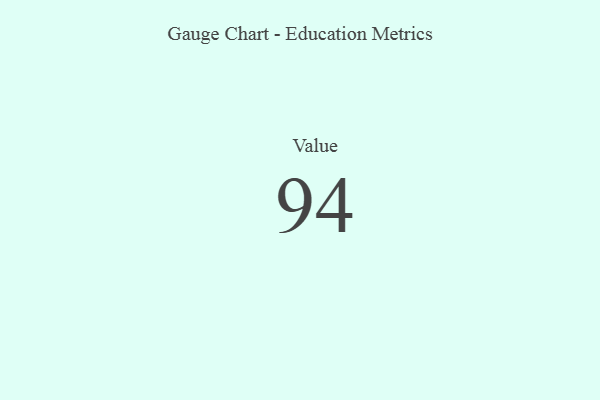
{"axis": {"x": "Metric", "y": "Value"}, "legend": [""], "data": [{"x": "Value", "y": 94, "type": ""}]}